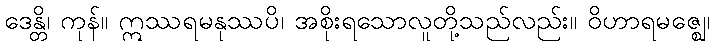
ဒေန္တိ၊ ကုန်။ ဣဿရမနုဿပိ၊ အစိုးရသောလူတို့သည်လည်း။ ဝိဟာရမဇ္ဈေ၊